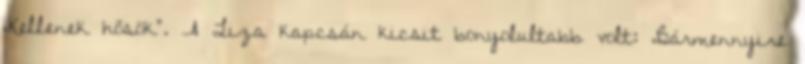
„Kellenek hősök”. A Liza kapcsán kicsit bonyolultabb volt: „Bármennyire